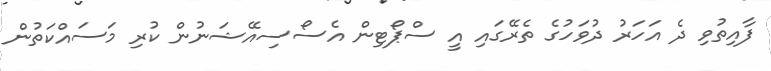
ފާއިތުވި ދެ އަހަރު ދުވަހުގެ ތެރޭގައި އީ ސްޕޯޓިން އެސޯސިއޭޝަނުން ކުރި މަސައްކަތުން